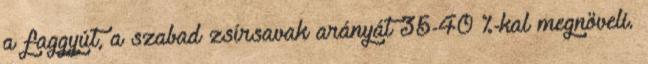
a faggyút, a szabad zsírsavak arányát 35-40 %-kal megnöveli.